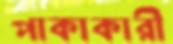
পাকাকারী